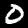
Label: 0